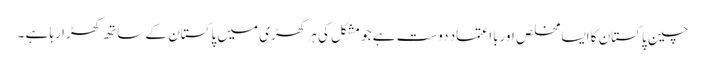
چین پاکستان کا ایسا مخلص اوربااعتماد دوست ہے جو مشکل کی ہر گھڑی میں پاکستان کے ساتھ کھڑا رہا ہے ۔